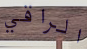
الراقي